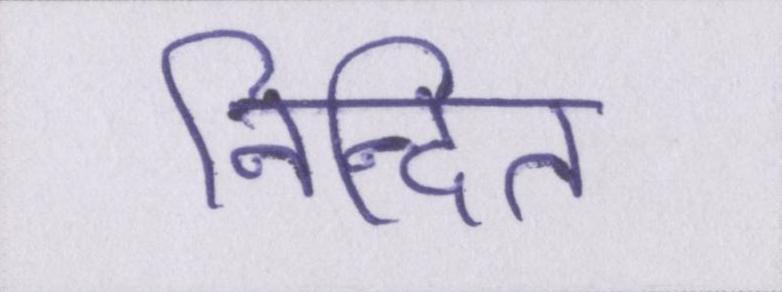
निन्दित